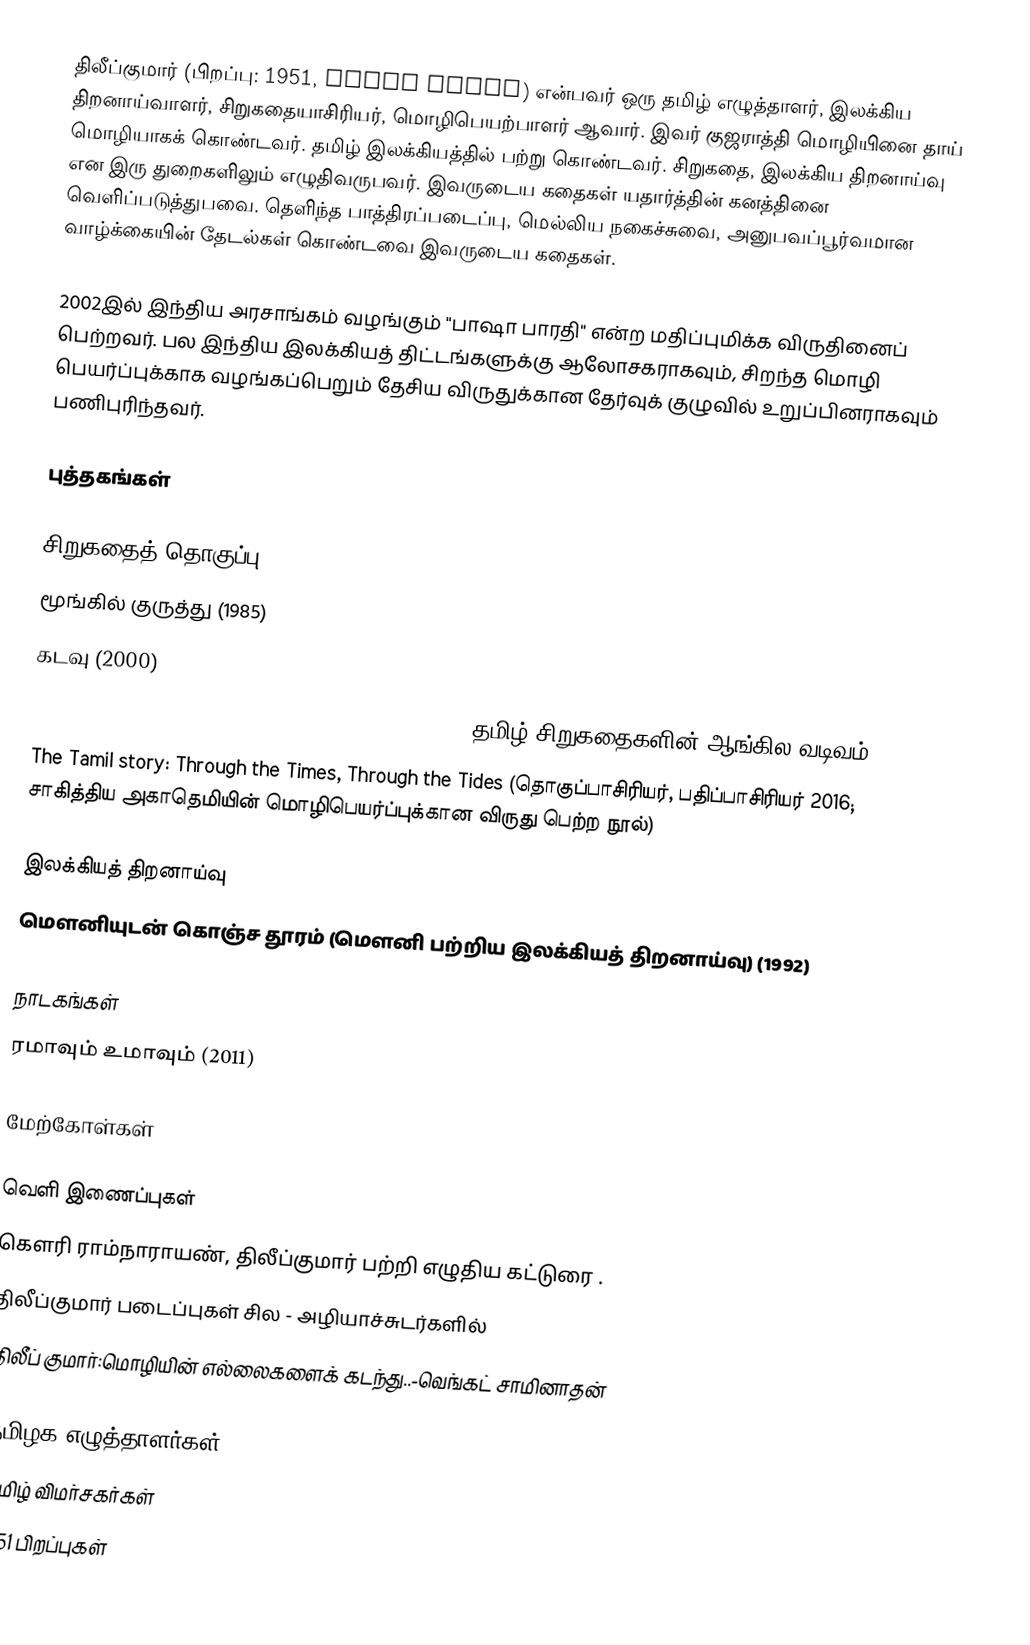
திலீப்குமார் (பிறப்பு: 1951, Dilip Kumar) என்பவர் ஒரு தமிழ் எழுத்தாளர், இலக்கிய திறனாய்வாளர், சிறுகதையாசிரியர், மொழிபெயற்பாளர் ஆவார். இவர் குஜராத்தி மொழியினை தாய் மொழியாகக் கொண்டவர். தமிழ் இலக்கியத்தில் பற்று கொண்டவர். சிறுகதை, இலக்கிய திறனாய்வு என இரு துறைகளிலும் எழுதிவருபவர். இவருடைய கதைகள் யதார்த்தின் கனத்தினை வெளிப்படுத்துபவை. தெளிந்த பாத்திரப்படைப்பு, மெல்லிய நகைச்சுவை, அனுபவப்பூர்வமான வாழ்க்கையின் தேடல்கள் கொண்டவை இவருடைய கதைகள்.

2002இல் இந்திய அரசாங்கம் வழங்கும் "பாஷா பாரதி" என்ற மதிப்புமிக்க விருதினைப் பெற்றவர். பல இந்திய இலக்கியத் திட்டங்களுக்கு ஆலோசகராகவும், சிறந்த மொழி பெயர்ப்புக்காக வழங்கப்பெறும் தேசிய விருதுக்கான தேர்வுக் குழுவில் உறுப்பினராகவும் பணிபுரிந்தவர்.

புத்தகங்கள்

சிறுகதைத் தொகுப்பு
மூங்கில் குருத்து (1985)
கடவு (2000)
A Place to Live: Contemporary Tamil Short Fiction (தமிழ் சிறுகதைகளின் ஆங்கில வடிவம்)
The Tamil story: Through the Times, Through the Tides (தொகுப்பாசிரியர், பதிப்பாசிரியர் 2016; சாகித்திய அகாதெமியின் மொழிபெயர்ப்புக்கான விருது பெற்ற நூல்)

இலக்கியத் திறனாய்வு
மௌனியுடன் கொஞ்ச தூரம் (மௌனி பற்றிய இலக்கியத் திறனாய்வு) (1992)

நாடகங்கள்
ரமாவும் உமாவும் (2011)

மேற்கோள்கள்

வெளி இணைப்புகள்
 கௌரி ராம்நாராயண், திலீப்குமார் பற்றி எழுதிய கட்டுரை .
 திலீப்குமார் படைப்புகள் சில - அழியாச்சுடர்களில்
 திலீப் குமார்:மொழியின் எல்லைகளைக் கடந்து..-வெங்கட் சாமினாதன்

தமிழக எழுத்தாளர்கள்
தமிழ் விமர்சகர்கள்
1951 பிறப்புகள்